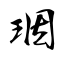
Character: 珚